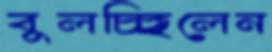
বুলচ্ছিলেন